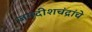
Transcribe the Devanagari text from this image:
जगदीशचंद्रांचे